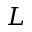
L